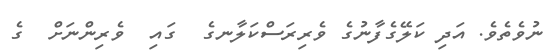
ނުވެެތެވެ. އަދި ކަލޭގެފާނުގެ ވެރިރަސްކަލާނގެ  ގައި  ވެރިންނަށް  ގެ